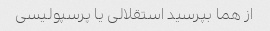
از هما بپرسید استقلالی یا پرسپولیسی